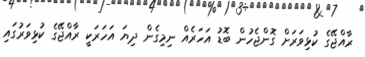
ރާއްޖޭގެ ކުޅިވަރަށް ގޮންޖެހުން ބޮޑު އަހަރެއް ނިމިގެން ދިޔަ އަހަރަކީ ރާއްޖޭގެ ކުޅިވަރުގައި